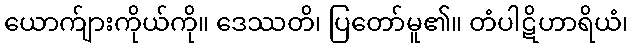
ယောက်ျားကိုယ်ကို။ ဒေဿတိ၊ ပြတော်မူ၏။ တံပါဋိဟာရိယံ၊